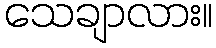
သေချာလား။